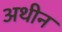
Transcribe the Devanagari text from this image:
अथीन